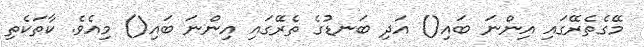
މޭގެތެރޭގައި އިންނަ ބައި() އަދި ބަނޑުގެ ތެރޭގައި އިންނަ ބައި() މިއެވެ. ކާތަކެތި